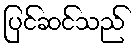
ပြင်ဆင်သည်